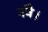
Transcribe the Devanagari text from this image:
नवै।